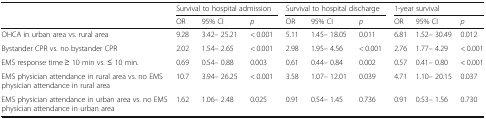
| <ROWSPAN=2>  | <COLSPAN=3> Survival to hospital admission | <COLSPAN=3> Survival to hospital discharge | <COLSPAN=3> 1-year survival |
 | OR | 95% CI | p | OR | 95% CI | p | OR | 95% CI | p |
 | --- | --- | --- | --- | --- | --- | --- | --- | --- | --- |
 | OHCA in urban area vs. rural area | 9.28 | 3.42– 25.21 | < 0.001 | 5.11 | 1.45– 18.05 | 0.011 | 6.81 | 1.52– 30.49 | 0.012 |
 | Bystander CPR vs. no bystander CPR | 2.02 | 1.54– 2.65 | < 0.001 | 2.98 | 1.95– 4.56 | < 0.001 | 2.76 | 1.77– 4.29 | < 0.001 |
 | EMS response time ≥ 10 min vs. ≤ 10 min. | 0.69 | 0.54– 0.88 | 0.003 | 0.61 | 0.44– 0.84 | 0.002 | 0.57 | 0.41– 0.80 | < 0.001 |
 | EMS physician attendance in rural area vs. no EMS physician attendance in rural area | 10.7 | 3.94– 26.25 | < 0.001 | 3.58 | 1.07– 12.01 | 0.039 | 4.71 | 1.10– 20.15 | 0.037 |
 | EMS physician attendance in urban area vs. no EMS physician attendance in urban area | 1.62 | 1.06– 2.48 | 0.025 | 0.91 | 0.54– 1.45 | 0.736 | 0.91 | 0.53– 1.56 | 0.730 |